Vaccination in Bombay 1924-1928 - 1924-1928
Year: 1924
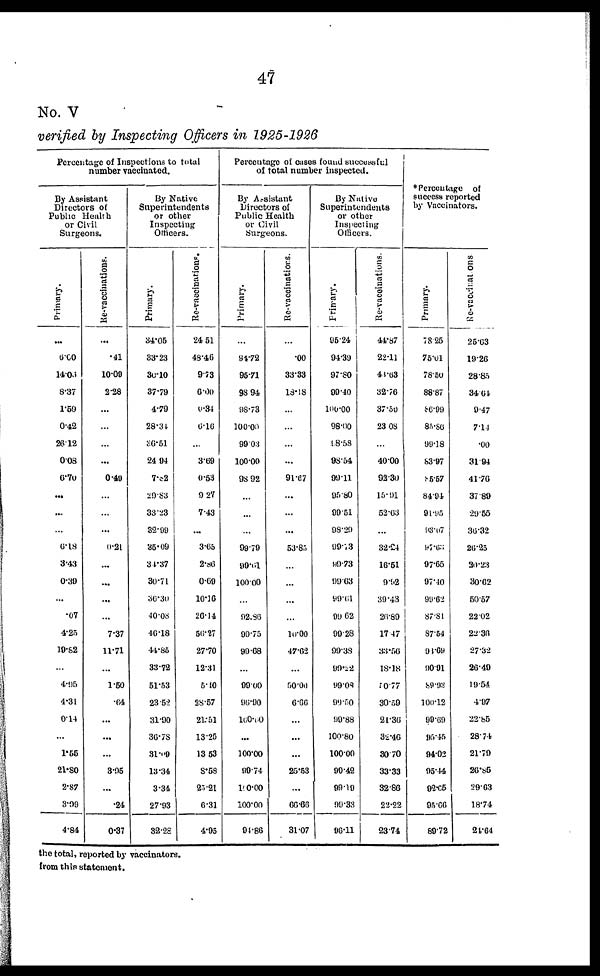
47
No. V
verified by Inspecting Officers in 1925-1926
Percentage of Inspections to total
number vaccinated.
By Assistant
Directors of
Public Health
or Civil
Surgeons.
Primary.
...
6.00
14.06
8.37
1.59
0.42
26.12
0.03
6.70
...
...
...
6.18
3.43
0.30
...
.07
4.25
19.82
...
4.95
4.31
0.14
...
1.55
21.80
2.87
3.09
4.84
Re-vaccinations.
...
.41
10.09
2.28
...
...
...
...
0.49
...
...
...
0.21
...
...
...
...
7.37
11.71
...
1.50
.64
...
...
...
3.95
...
.24
0.37
By Native
Superintendents
or other
Inspecting
Officers.
Primary.
34.05
33.23
30.10
37.79
4.79
28.34
36.51
24.94
7.82
29.83
33.23
32.99
35.09
34.37
30.71
36.30
40.08
46.18
44.85
33.72
51.53
23.52
31.90
36.78
31.00
13.34
3.34
27.93
32.28
Re-vaccinations.
24.51
48.46
9.73
6.00
0.34
6.16
...
3.69
0.53
9.27
7.43
...
3.65
2.86
0.69
10.16
26.14
56.27
27.70
12.31
5.40
28.57
21.51
13.25
13.53
8.58
25.21
6.31
4.95
Percentage of cases found successful
of total number inspected.
By Assistant
Directors of
Public Health
or Civil
Surgeons.
Primary.
...
94.72
95.71
98.94
98.73
100.00
99.03
100.00
98.92
...
...
...
99.79
99.61
100.00
...
92.86
99.75
99.68
...
99.00
96.90
100.00
...
100.00
99.74
100.00
100.00
94.86
Re-vaccinatiors.
...
.00
33.33
18.18
...
...
...
...
91.67
...
...
...
53.85
...
...
...
...
10.00
47.62
...
50.00
6.66
...
...
...
25.53
...
66.66
31.07
By Native
Superintendents
or other
Inspecting
Officers.
Primary.
95.24
94.39
97.80
99.40
100.00
98.00
98.58
98.54
99.11
95.80
99.51
98.29
99.73
99.73
99.63
99.61
99.62
99.28
99.38
99.22
99.08
99.50
99.88
100.80
100.00
90.42
99.19
90.33
96.11
Re-vaccinations.
44.87
22.11
48.63
32.76
37.50
23.08
...
40.00
92.30
15.91
52.63
...
32.24
16.51
9.92
39.43
26.89
17.47
33.56
18.18
50.77
30.59
21.36
32.46
30.70
33.33
32.86
22.22
23.74
*Percentage of
success reported
by Vaccinators.
Primary.
78.25
75.01
78.50
88.87
86.99
85.86
99.18
83.97
85.57
84.94
91.95
93.07
97.65
97.65
97.40
99.62
87.81
87.54
93.69
90.91
89.93
100.12
99.69
95.45
94.02
95.44
92.05
95.66
89.72
Re-vaccinations
25.63
19.26
28.85
34.64
9.47
7.14
.00
31.94
41.76
37.89
29.55
36.32
26.25
20.23
30.62
50.57
22.02
22.36
27.32
26.49
19.54
4.97
22.85
28.74
21.79
26.85
29.63
18.74
24.64
the total, reported by vaccinators.
from this statement.